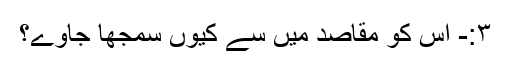
۳:- اس کو مقاصد میں سے کیوں سمجھا جاوے؟